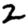
Digit: 2